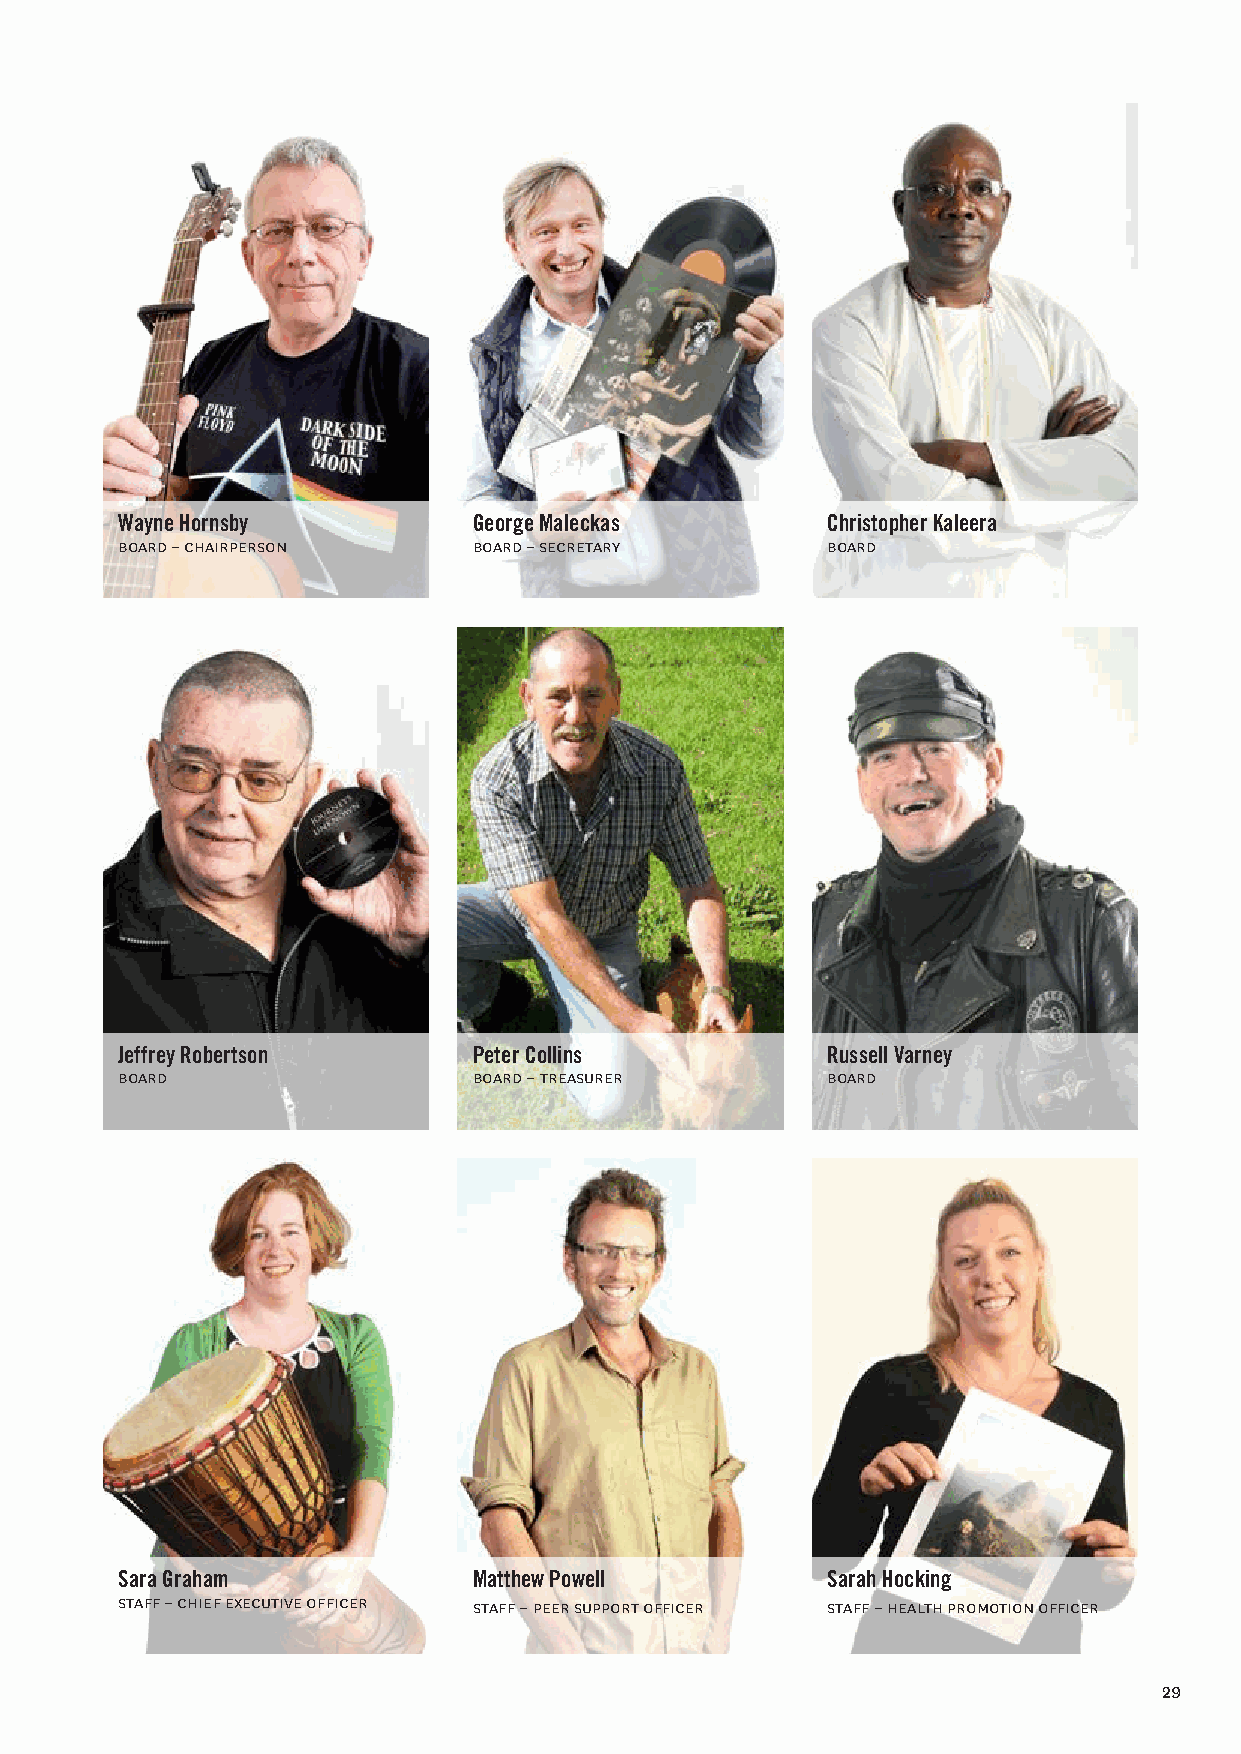
Wayne Hornsby          George Maleckas         Christopher Kaleera
 board – chairperson    board – secretary       board
 Jeffrey Robertson      Peter Collins           Russell Varney
 board                  board – treasurer       board
 Sara Graham            Matthew Powell          Sarah Hocking
 staff – chief executive officer staff – peer support officer staff – health promotion officer
 29